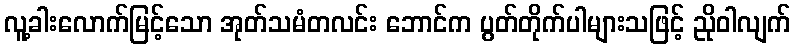
လူ့ခါးလောက်မြင့်သော အုတ်သမံတလင်း ဘောင်က ပွတ်တိုက်ပါများသဖြင့် ညိုဝါလျက်